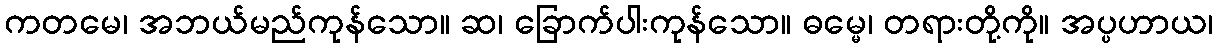
ကတမေ၊ အဘယ်မည်ကုန်သော။ ဆ၊ ခြောက်ပါးကုန်သော။ ဓမ္မေ၊ တရားတို့ကို။ အပ္ပဟာယ၊